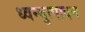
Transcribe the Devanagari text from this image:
ध्वन्युत्पादन